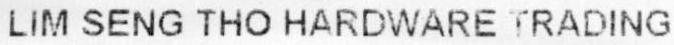
LIM SENG THO HARDWARE TRADING